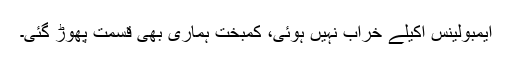
ایمبولینس اکیلے خراب نہیں ہوئی، کمبخت ہماری بھی قسمت پھوڑ گئی۔